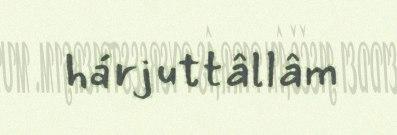
hárjuttâllâm